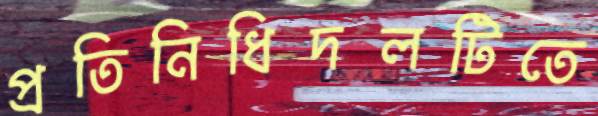
প্রতিনিধিদলটিতে